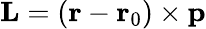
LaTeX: \mathbf{L}=\left(\mathbf{r}-\mathbf{r}_{0}\right)\times\mathbf{p}